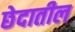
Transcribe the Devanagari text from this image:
छेदातील